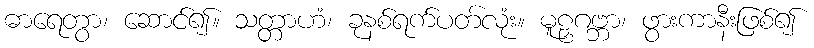
ဓာရေတွာ၊ ဆောင်၍။ သတ္တာဟံ၊ ခုနစ်ရက်ပတ်လုံး။ မူဠှဂဗ္ဘာ၊ ဖွားကာနီးဖြစ်၍